Problem: 11 + 34 = ?
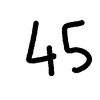
Handwritten answer: 45